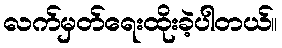
လက်မှတ်ရေးထိုးခဲ့ပါတယ်။